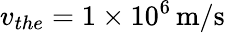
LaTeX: v_{the}=1\times 10^{6}\, \mathrm{m/s}